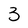
Character: 3